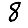
Digit: 8